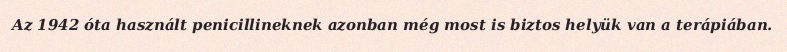
Az 1942 óta használt penicillineknek azonban még most is biztos helyük van a terápiában.